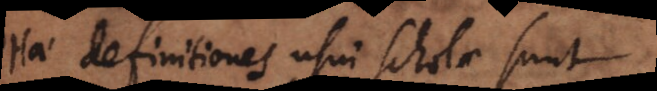
Hae definitiones usui scholae sunt